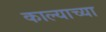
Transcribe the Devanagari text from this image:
काल्याच्या